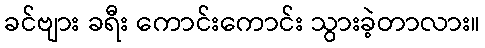
ခင်ဗျား ခရီး ကောင်းကောင်း သွားခဲ့တာလား။